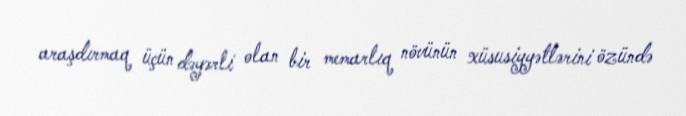
araşdırmaq üçün dəyərli olan bir memarlıq növünün xüsusiyyətlərini özündə